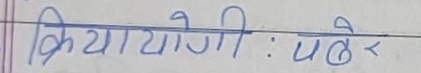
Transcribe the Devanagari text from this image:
क्रियायोगी : पबेर